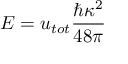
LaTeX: E = { u _ { t o t } } \frac { \hbar \kappa ^ { 2 } } { 4 8 \pi }